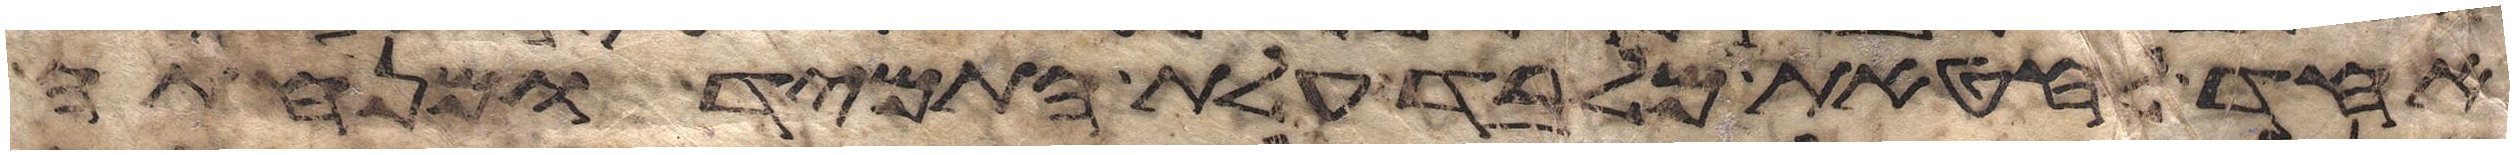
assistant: אחד לחטאת מלבד עלת התמיד ומנחתה